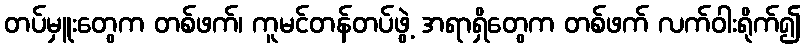
တပ်မှူးတွေက တစ်ဖက်၊ ကူမင်တန်တပ်ဖွဲ့ အရာရှိတွေက တစ်ဖက် လက်ဝါးရိုက်၍